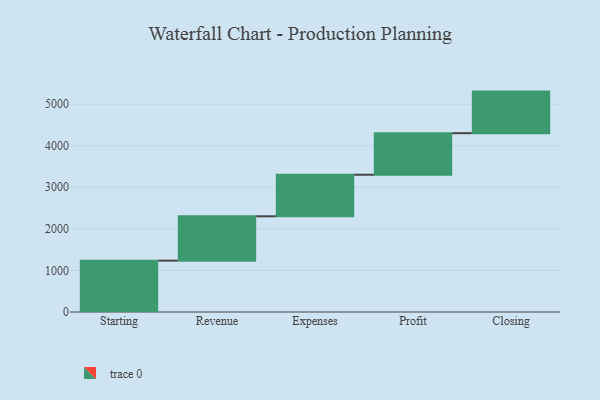
{"axis": {"x": "Step", "y": "Value"}, "legend": [""], "data": [{"x": "Starting", "y": 1235.0, "type": ""}, {"x": "Revenue", "y": 1067.0, "type": ""}, {"x": "Expenses", "y": 1000, "type": ""}, {"x": "Profit", "y": 1000, "type": ""}, {"x": "Closing", "y": 1000, "type": ""}]}